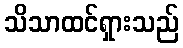
သိသာထင်ရှားသည်